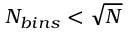
N _ { b i n s } < \sqrt { N }